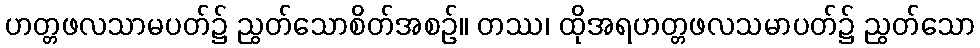
ဟတ္တဖလသာမပတ်၌ ညွတ်သောစိတ်အစဉ်။ တဿ၊ ထိုအရဟတ္တဖလသမာပတ်၌ ညွတ်သော